Mental hospitals Bombay report 1921-28 - 1921-1928
Year: 1921
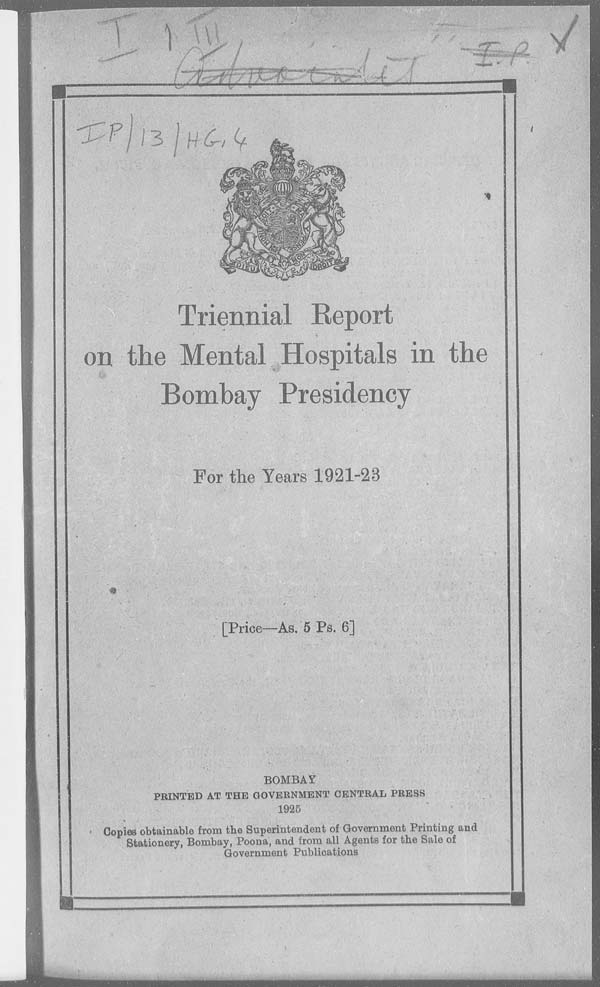
Triennial Report
on the Mental Hospitals in the
Bombay Presidency
For the Years 1921-23
[Price—As. 5 Ps. 6]
BOMBAY
PRINTED AT THE GOVERNMENT CENTRAL PRESS
1925
Copies obtainable from the Superintendent of Government Printing and
Stationery, Bombay, Poona, and from all Agents for the Sale of
Government Publications